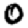
Digit: 0